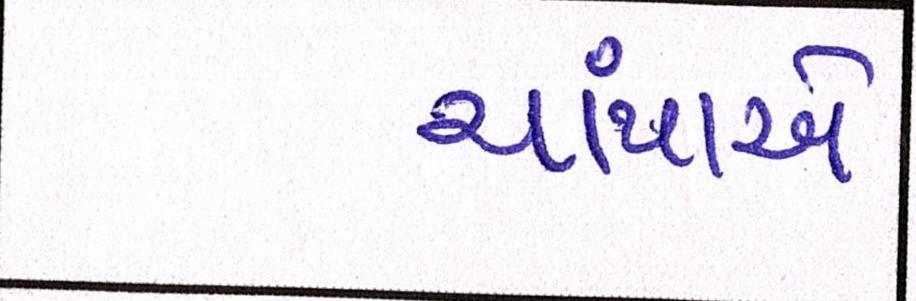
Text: ચાંપાએ